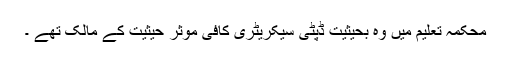
محکمہ تعلیم میں وہ بحیثیت ڈپٹی سیکریٹری کافی مؤثر حیثیت کے مالک تھے ۔